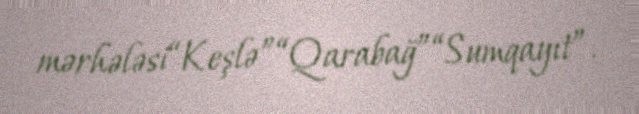
mərhələsi“Keşlə”“Qarabağ”“Sumqayıt”.